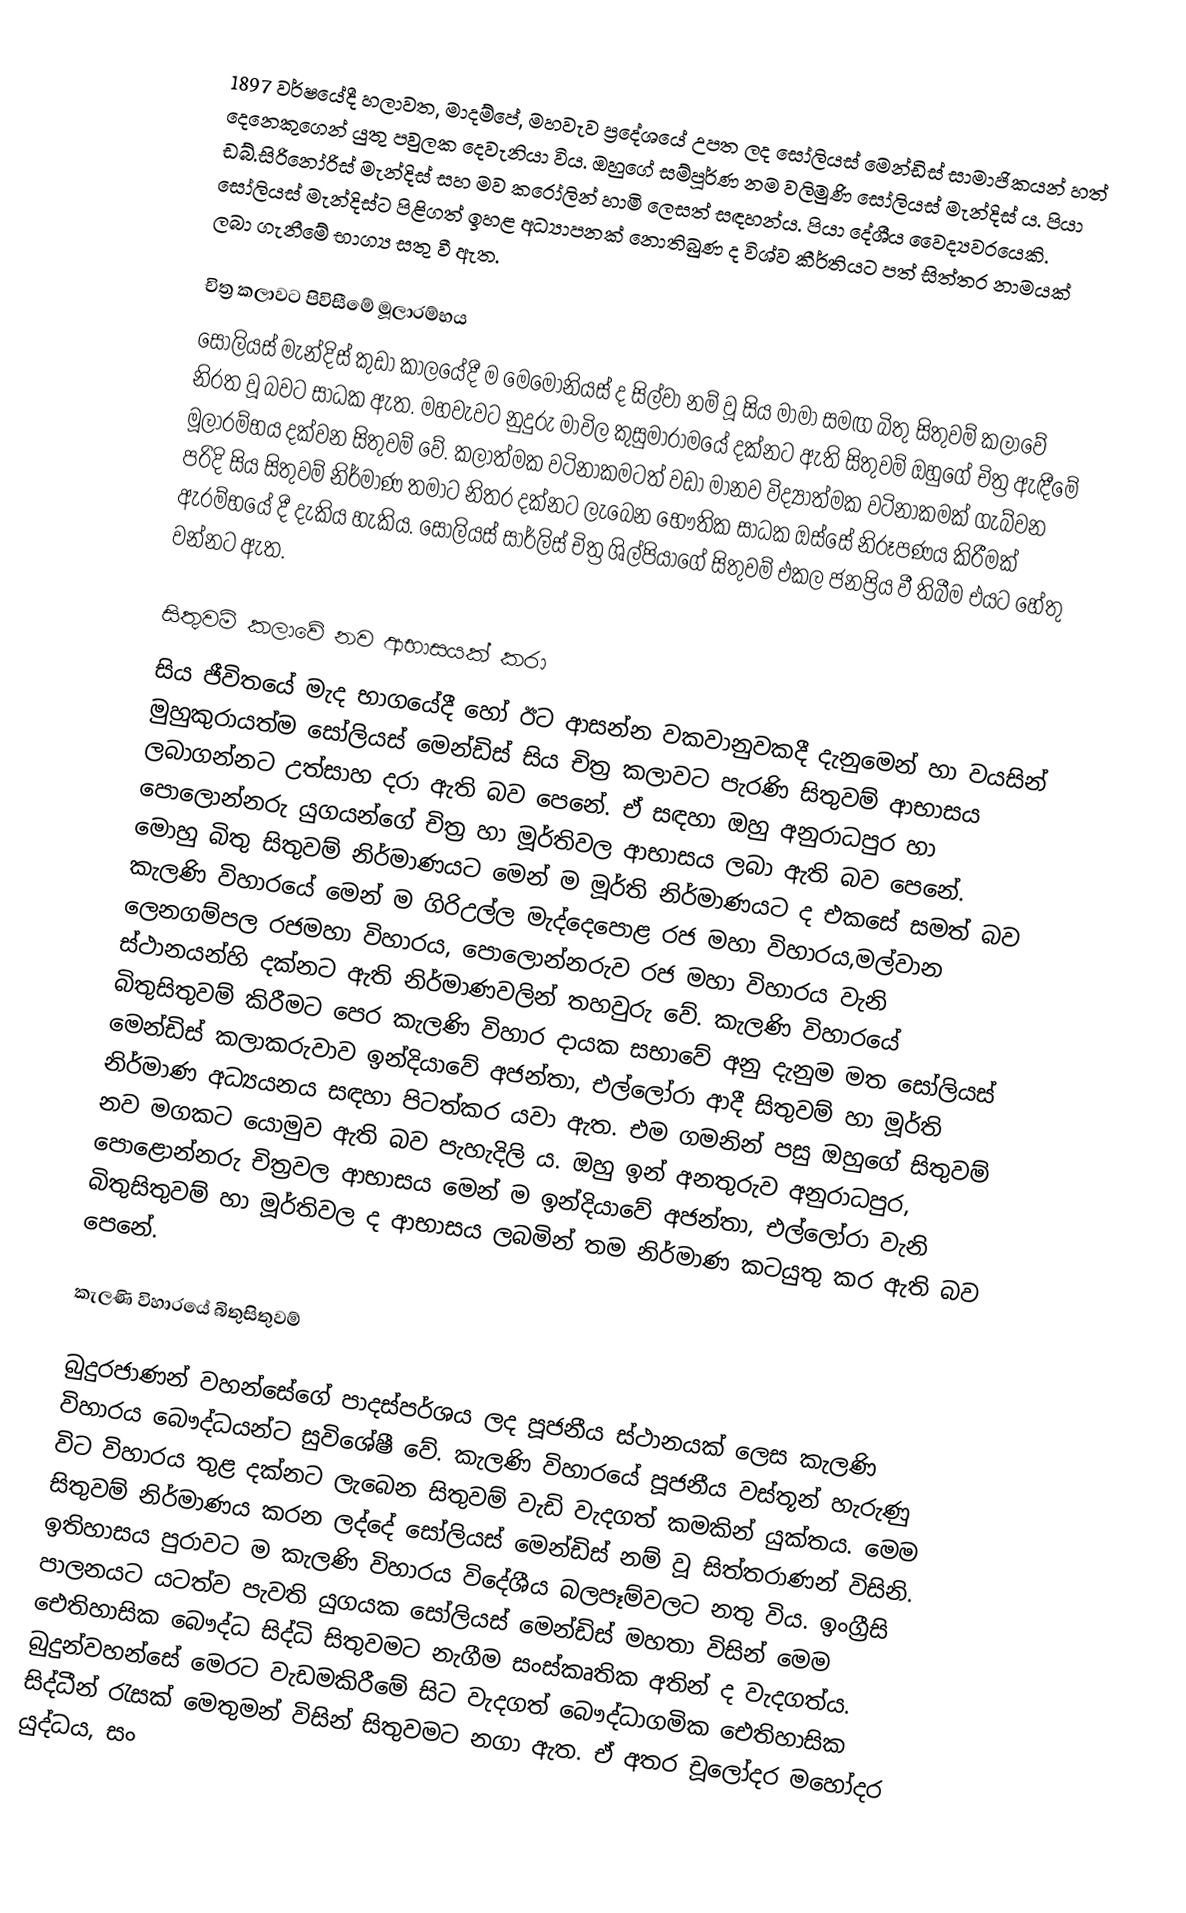
1897 වර්ෂයේදී හලාවත, මාදම්පේ, මහවැව ප්‍රදේශයේ උපත ලද සෝලියස් මෙන්ඩිස් සාමාජිකයන් හත් දෙනෙකුගෙන් යුතු පවුලක දෙවැනියා විය.  ඔහුගේ සම්පූර්ණ නම වලිමුණි සෝලියස් මැන්දිස් ය. පියා ඩබ්.සිරිනෝරිස් මැන්දිස් සහ මව ක‍රෝලින් හාමි ලෙසත් සඳහන්ය.  පියා දේශීය වෛද්‍යවරයෙකි. සෝලියස් මැන්දිස්ට පිළිගත් ඉහළ අධ්‍යාපනක් නොතිබුණ ද විශ්ව කීර්තියට පත් සිත්තර නාමයක් ලබා ගැනීමේ භාග්‍ය සතු වී ඇත.

චිත්‍ර කලාවට පිවිසීමේ මූලාරම්භය
සෝලියස් මැන්දිස් කුඩා කාලයේදී ම මෙමෝනියස් ද සිල්වා නම් වූ සිය මාමා සමඟ බිතු සිතුවම් කලාවේ නිරත වූ බවට සාධක ඇත. මහවැවට නුදුරු මාවිල කුසුමාරාමයේ දක්නට ඇති සිතුවම් ඔහුගේ චිත්‍ර ඇඳීමේ මූලාරම්භය දක්වන සිතුවම් වේ. කලාත්මක වටිනාකමටත් වඩා මානව විද්‍යාත්මක වටිනාකමක් ගැබ්වන පරිදි සිය සිතුවම් නිර්මාණ තමාට නිතර දක්නට ලැබෙන භෞතික සාධක ඔස්සේ  නිරූපණය කිරීමක් ඇරම්භයේ දී දැකිය හැකිය. සෝලියස් සාර්ලිස් චිත්‍ර ශිල්පියාගේ සිතුවම් එකල ජනප්‍රිය වී තිබීම එයට හේතු වන්නට ඇත.

සිතුවම් කලාවේ නව ආභාසයක් කරා
සිය ජීවිතයේ මැද භාගයේදී හෝ ඊට ආසන්න වකවානුවකදී දැනුමෙන් හා වයසින් මුහුකුරායත්ම සෝලියස් මෙන්ඩිස් සිය චිත්‍ර කලාවට පැරණි සිතුවම් ආභාසය ලබාගන්නට උත්සාහ දරා ඇති බව පෙනේ.  ඒ සඳහා ඔහු  අනුරාධපුර හා පොලොන්නරු යුගයන්ගේ චිත්‍ර හා මූර්තිවල ආභාසය ලබා ඇති බව පෙනේ. මොහු බිතු සිතුවම් නිර්මාණයට මෙන් ම මූර්ති නිර්මාණ‍යට ද එකසේ  සමත් බව කැලණි විහාරයේ මෙන් ම ගිරිඋල්ල මැද්දෙපොළ රජ මහා විහාරය,මල්වාන ලෙනගම්පල රජමහා විහාරය, පොලොන්නරුව රජ මහා විහාරය වැනි ස්ථානයන්හි දක්නට ඇති නිර්මාණවලින් තහවුරු වේ.  කැලණි විහාර‍යේ බිතුසිතුවම් කිරීමට පෙර කැලණි විහාර දායක සභාවේ අනු දැනුම මත සෝලියස් මෙන්ඩිස් කලාකරුවාව ඉන්දියාවේ අජන්තා, එල්ලෝරා ආදී සිතුවම් හා මූර්ති නිර්මාණ අධ්‍යයනය සඳහා පිටත්කර යවා ඇත. එම ගමනින් පසු ඔහු‍ගේ සිතුවම් නව මගකට යොමුව ඇති බව පැහැදිලි ය. ඔහු ඉන් අනතුරුව අනුරාධපුර, පොළොන්නරු චිත්‍රවල ආභාසය මෙන් ම ඉන්දියාවේ අජන්තා, එල්ලෝරා වැනි බිතුසිතුවම් හා මූර්තිවල ද ආභාසය ලබමින් තම නිර්මාණ කටයුතු කර ඇති බව පෙනේ.

කැලණි විහාරයේ බිතුසිතුවම්

බුදුරජාණන් වහන්සේගේ පාදස්පර්ශ‍ය ලද පූජනීය ස්ථානයක් ලෙස කැලණි විහාරය බෞද්ධයන්ට සුවිශේෂී වේ. කැලණි විහාරයේ පූජනීය වස්තූන් හැරුණු විට විහාරය තුළ දක්නට ලැබෙන සිතුවම් වැඩි වැදගත් කමකින් යුක්තය. මෙම සිතුවම් නිර්මාණය කරන ලද්දේ සෝලියස් මෙන්ඩිස් නම් වූ සිත්තරාණන් විසිනි. ඉතිහාසය පුරාවට ම කැලණි විහාරය විදේශීය බලපෑම්වලට නතු විය. ඉංග්‍රීසි පාලනයට යටත්ව පැවති යුගයක සෝලියස් මෙන්ඩිස් මහතා විසින් මෙම ඓතිහාසික බෞද්ධ සිද්ධි සිතුවමට නැගීම සංස්කෘතික අතින් ද වැදගත්ය. බුදුන්වහන්සේ මෙරට වැඩමකිරීමේ සිට වැදගත් බෞද්ධාගමික ඓතිහාසික සිද්ධීන් රැසක් මෙතුමන් විසින් සිතුවමට නගා ඇත. ඒ අතර චූලෝදර ම‍හෝදර යුද්ධය, සං